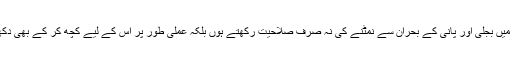
ملک میں بجلی اور پانی کے بحران سے نمٹنے کی نہ صرف صلاحیت رکھتے ہوں بلکہ عملی طور پر اس کے لیے کچھ کر کے بھی دکھائیں۔